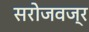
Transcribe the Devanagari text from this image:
सरोजवज्र